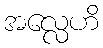
အလ္လေဟိ